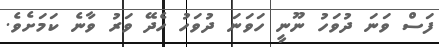
ފަސް ވަނަ ދުވަހު ނޫނީ ހަވަނަ ދުވަހު ހެދޭ ވަރު ވާނެ ކަމަށެވެ.